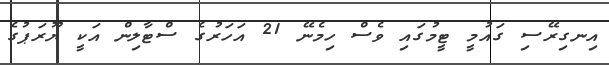
އިނގިރޭސި ގައުމީ ޓީމުގައި ވެސް ހިމެނޭ 21 އަހަރުގެ ސްޓާލިން އަކީ ޔޫރަޕުގެ